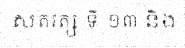
សតវត្ស ទី ១៣ និង